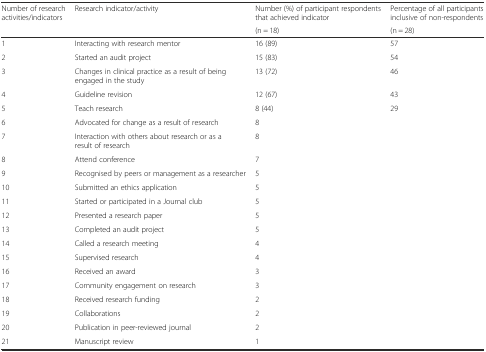
<table><thead><tr><td rowspan="2"><b>Number of research activities/indicators</b></td><td rowspan="2"><b>Research indicator/activity</b></td><td><b>Number (%) of participant respondents that achieved indicator</b></td><td><b>Percentage of all participants inclusive of non-respondents</b></td></tr><tr><td><b>(n = 18)</b></td><td><b>(n = 28)</b></td></tr></thead><tbody><tr><td>1</td><td>Interacting with research mentor</td><td>16 (89)</td><td>57</td></tr><tr><td>2</td><td>Started an audit project</td><td>15 (83)</td><td>54</td></tr><tr><td>3</td><td>Changes in clinical practice as a result of being engaged in the study</td><td>13 (72)</td><td>46</td></tr><tr><td>4</td><td>Guideline revision</td><td>12 (67)</td><td>43</td></tr><tr><td>5</td><td>Teach research</td><td>8 (44)</td><td>29</td></tr><tr><td>6</td><td>Advocated for change as a result of research</td><td>8</td><td></td></tr><tr><td>7</td><td>Interaction with others about research or as a result of research</td><td>8</td><td></td></tr><tr><td>8</td><td>Attend conference</td><td>7</td><td></td></tr><tr><td>9</td><td>Recognised by peers or management as a researcher</td><td>5</td><td></td></tr><tr><td>10</td><td>Submitted an ethics application</td><td>5</td><td></td></tr><tr><td>11</td><td>Started or participated in a Journal club</td><td>5</td><td></td></tr><tr><td>12</td><td>Presented a research paper</td><td>5</td><td></td></tr><tr><td>13</td><td>Completed an audit project</td><td>5</td><td></td></tr><tr><td>14</td><td>Called a research meeting</td><td>4</td><td></td></tr><tr><td>15</td><td>Supervised research</td><td>4</td><td></td></tr><tr><td>16</td><td>Received an award</td><td>3</td><td></td></tr><tr><td>17</td><td>Community engagement on research</td><td>3</td><td></td></tr><tr><td>18</td><td>Received research funding</td><td>2</td><td></td></tr><tr><td>19</td><td>Collaborations</td><td>2</td><td></td></tr><tr><td>20</td><td>Publication in peer-reviewed journal</td><td>2</td><td></td></tr><tr><td>21</td><td>Manuscript review</td><td>1</td><td></td></tr></tbody></table>